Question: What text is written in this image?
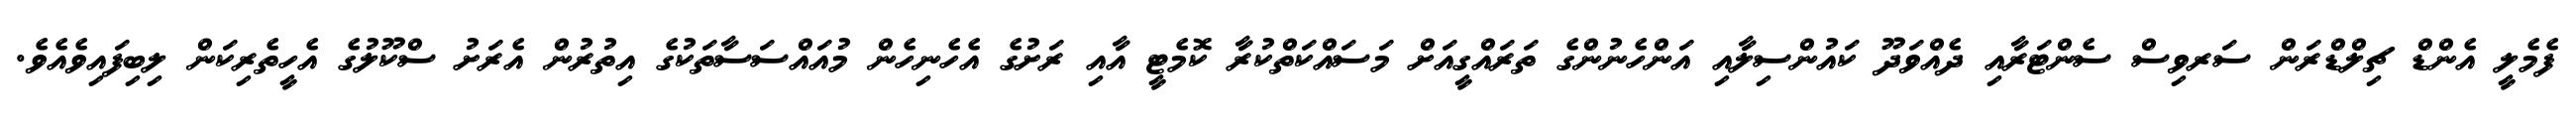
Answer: ފެމެލީ އެންޑް ޗިލްޑްރަން ސަރވިސް ސެންޓަރާއި ދެއްވަދޫ ކައުންސިލާއި އަންހެނުންގެ ތަރައްގީއަށް މަސައްކަތްކުރާ ކޮމެޓީ އާއި ރަށުގެ އެހެނިހެން މުއައްސަސާތަކުގެ އިތުރުން އެރަށު ސްކޫލުގެ އެހީތެރިކަން ލިބިފައިވެއެވެ.